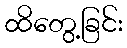
ထိတွေ့ခြင်း